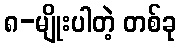
၈-မျိုးပါတဲ့ တစ်ခု